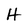
Character: H